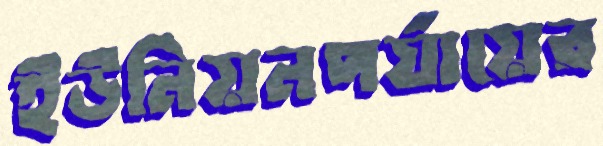
ইউনিয়নপর্যায়ের